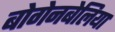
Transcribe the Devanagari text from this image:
बोगेनबेलिया